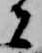
者